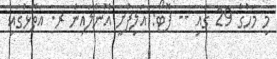
މި މަހުގެ 29 ގައި -- ފޮޓޯ: އަލިފުށީ އޮންލައިން ރ. އަތޮޅުގައި